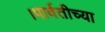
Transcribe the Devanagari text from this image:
।पार्वतीच्या